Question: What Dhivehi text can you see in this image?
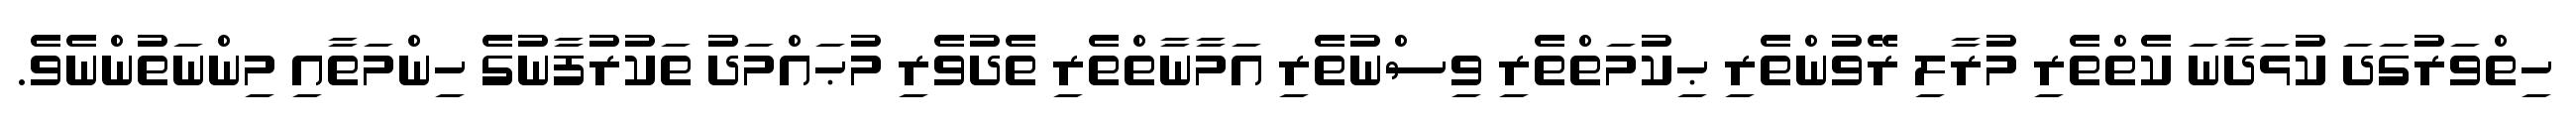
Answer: ހިތްވަރުގަދަ ކުޅަދާނަ ކެތްތެރި މުރާލި ރޭވުންތެރި ޙިކުމަތްތެރި ވިސްނުތެރި އަމާނާތްތެރި ތެދުވެރި މުޙައްމަދު ތަކުރުފާނުގެ ހިންމަތާއި މިންނަތުންނެވެ.